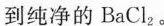
到纯净的BaCl_{2}。